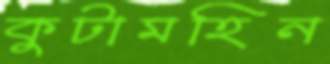
কুটামহিন